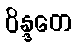
ဝိန္ဒတေ